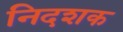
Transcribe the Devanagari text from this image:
निदशक